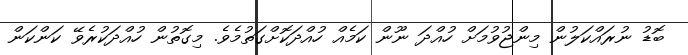
ބޮޑު ނުރައްކަލުން މިންޖުވުމަށް ހުއްދަ ނޫން ކަމެއް ހުއްދަކޮށްގަތުމެވެ. މިގޮތުން ހުއްދަކުރެވޭ ކަންކަން